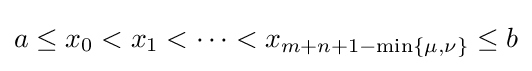
a\leq x_{0}<x_{1}<\cdots <x_{m+n+1-\min\{\mu ,\nu \}}\leq b